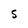
Character: S